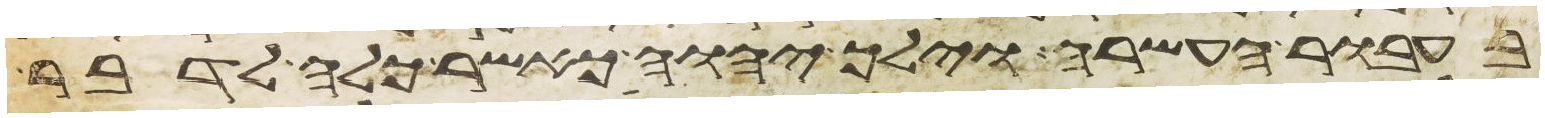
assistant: בעבור העשרה וילך יהוה כאשר כלה לדבר